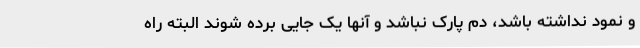
و نمود نداشته باشد، دم پارک نباشد و آنها یک جایی برده شوند البته راه